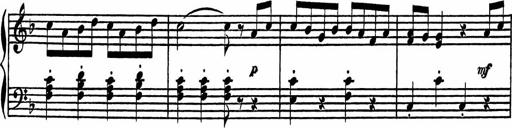
Title: 4 Piano Sonatinas
Composer: Adam Geibel